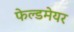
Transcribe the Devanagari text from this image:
फेल्डमेयर